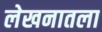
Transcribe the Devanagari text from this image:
लेखनातला